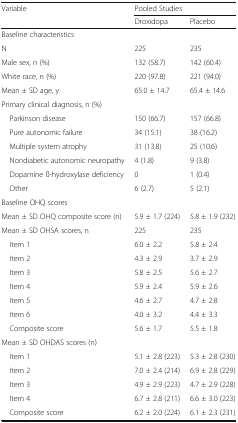
<table><thead><tr><td rowspan="2"><b>Variable</b></td><td colspan="2"><b>Pooled Studies</b></td></tr><tr><td><b>Droxidopa</b></td><td><b>Placebo</b></td></tr></thead><tbody><tr><td colspan="3">Baseline characteristics</td></tr><tr><td>N</td><td>225</td><td>235</td></tr><tr><td>Male sex, n (%)</td><td>132 (58.7)</td><td>142 (60.4)</td></tr><tr><td>White race, n (%)</td><td>220 (97.8)</td><td>221 (94.0)</td></tr><tr><td>Mean ± SD age, y</td><td>65.0 ± 14.7</td><td>65.4 ± 14.6</td></tr><tr><td colspan="3">Primary clinical diagnosis, n (%)</td></tr><tr><td> Parkinson disease</td><td>150 (66.7)</td><td>157 (66.8)</td></tr><tr><td> Pure autonomic failure</td><td>34 (15.1)</td><td>38 (16.2)</td></tr><tr><td> Multiple system atrophy</td><td>31 (13.8)</td><td>25 (10.6)</td></tr><tr><td> Nondiabetic autonomic neuropathy</td><td>4 (1.8)</td><td>9 (3.8)</td></tr><tr><td> Dopamine ß-hydroxylase deficiency</td><td>0</td><td>1 (0.4)</td></tr><tr><td> Other</td><td>6 (2.7)</td><td>5 (2.1)</td></tr><tr><td colspan="3">Baseline OHQ scores</td></tr><tr><td>Mean ± SD OHQ composite score (n)</td><td>5.9 ± 1.7 (224)</td><td>5.8 ± 1.9 (232)</td></tr><tr><td>Mean ± SD OHSA scores, n</td><td>225</td><td>235</td></tr><tr><td> Item 1</td><td>6.0 ± 2.2</td><td>5.8 ± 2.4</td></tr><tr><td> Item 2</td><td>4.3 ± 2.9</td><td>3.7 ± 2.9</td></tr><tr><td> Item 3</td><td>5.8 ± 2.5</td><td>5.6 ± 2.7</td></tr><tr><td> Item 4</td><td>5.9 ± 2.4</td><td>5.9 ± 2.6</td></tr><tr><td> Item 5</td><td>4.6 ± 2.7</td><td>4.7 ± 2.8</td></tr><tr><td> Item 6</td><td>4.0 ± 3.2</td><td>4.4 ± 3.3</td></tr><tr><td> Composite score</td><td>5.6 ± 1.7</td><td>5.5 ± 1.8</td></tr><tr><td colspan="3">Mean ± SD OHDAS scores (n)</td></tr><tr><td> Item 1</td><td>5.1 ± 2.8 (223)</td><td>5.3 ± 2.8 (230)</td></tr><tr><td> Item 2</td><td>7.0 ± 2.4 (214)</td><td>6.9 ± 2.8 (229)</td></tr><tr><td> Item 3</td><td>4.9 ± 2.9 (223)</td><td>4.7 ± 2.9 (228)</td></tr><tr><td> Item 4</td><td>6.7 ± 2.8 (211)</td><td>6.6 ± 3.0 (223)</td></tr><tr><td> Composite score</td><td>6.2 ± 2.0 (224)</td><td>6.1 ± 2.3 (231)</td></tr></tbody></table>